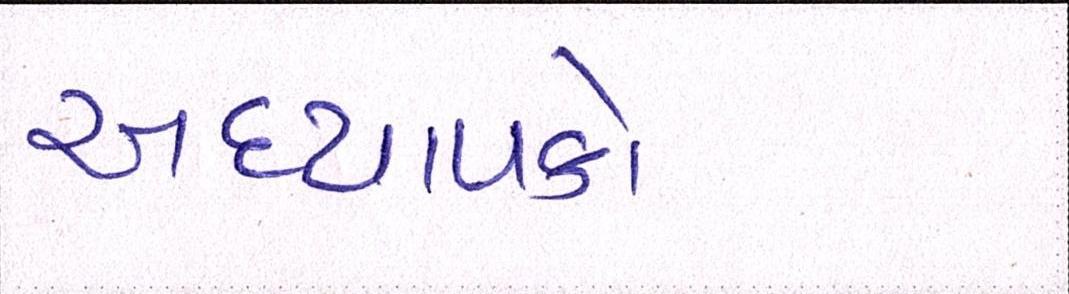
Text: અધ્યાપકો